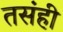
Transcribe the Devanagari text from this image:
तसंही